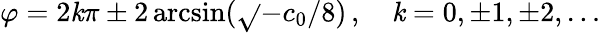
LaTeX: \varphi=2\mathit{k}\pi\pm2\arcsin(\sqrt{}{{-c_{0}/8}})\, ,\quad\mathit{k}=0,\pm1,\pm2,\ldots